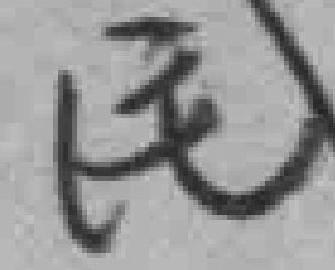
民